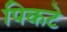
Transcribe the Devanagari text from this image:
पिकटे